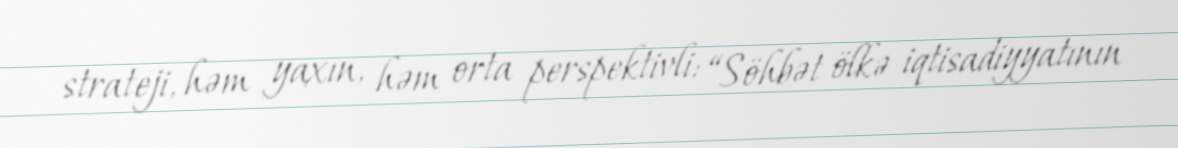
strateji, həm yaxın, həm orta perspektivli: “Söhbət ölkə iqtisadiyyatının